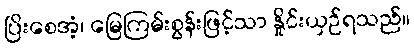
ပြိးစေအံ့၊ မြေကြမ်းစွန်းဖြင့်သာ နှိုင်းယှဉ်ရသည်။